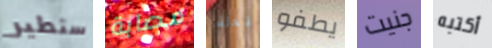
ستطير مصابة تحزن يطفو جنيت أكتبه